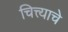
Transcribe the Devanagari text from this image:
चित्त्याचे